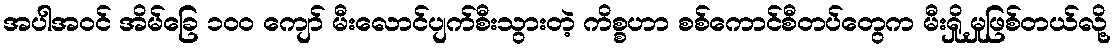
အပါအဝင် အိမ်ခြေ ၁၀၀ ကျော် မီးလောင်ပျက်စီးသွားတဲ့ ကိစ္စဟာ စစ်ကောင်စီတပ်တွေက မီးရှို့မှုဖြစ်တယ်လို့